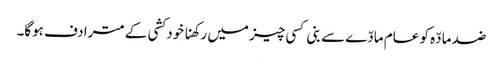
ضد مادّہ کو عام مادّے سے بنی کسی چیز میں رکھنا خود کشی کے مترادف ہوگا۔